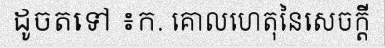
ដូចតទៅ ៖ក. គោលហេតុនៃសេចក្តី